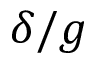
\delta / g